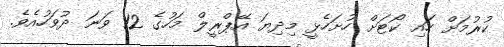
ކުރުމަށް ހައި ކޯޓަށް ހުށަހެޅީ މިދިޔަ އޭޕްރީލް މަހުގެ 12 ވަނަ ދުވަހުއެވެ.